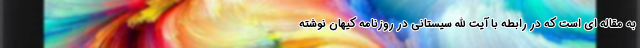
به مقاله ای است که در رابطه با آیت الله سیستانی در روزنامه کیهان نوشته